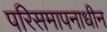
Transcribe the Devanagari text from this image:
परिसमापनाधीन